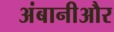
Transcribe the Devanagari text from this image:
अंबानीऔर